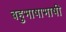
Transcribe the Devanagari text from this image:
बहुभाषाभाषी